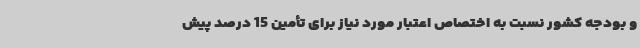
و بودجه کشور نسبت به اختصاص اعتبار مورد نیاز برای تأمین 15 درصد پیش